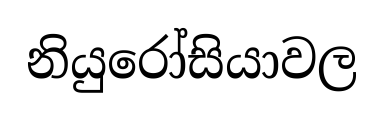
නියුරෝසියාවල